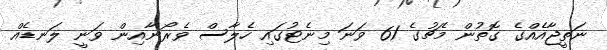
ނަތީޖާއެއްގެ ގޮތުން މެޗުގެ 61 ވަނަ މިނެޓުގައި ހެލާސް ވެރޯނާއިން ވަނީ ލަނޑެއް